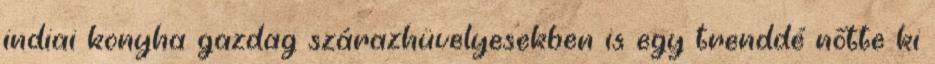
indiai konyha gazdag szárazhüvelyesekben is egy trenddé nőtte ki